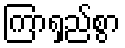
ကြာရှည်စွာ